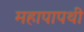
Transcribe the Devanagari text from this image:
महापापथी